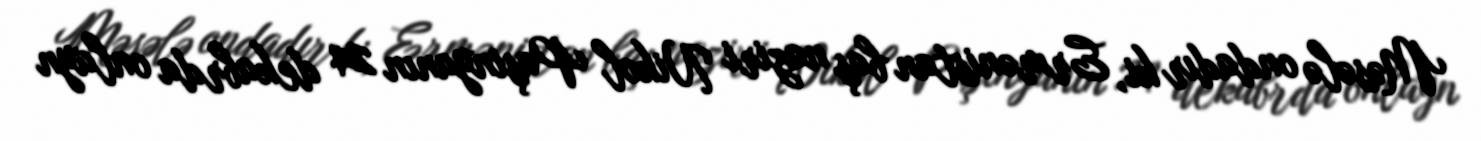
Məsələ ondadır ki, Ermənistan baş naziri Nikol Paşinyanın 24 dekabrda onlayn